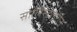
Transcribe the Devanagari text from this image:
सोलिस्टाइरीन